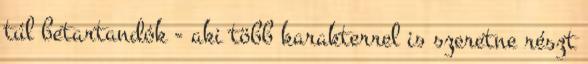
túl betartandók - aki több karakterrel is szeretne részt